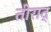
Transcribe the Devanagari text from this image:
तीराद्